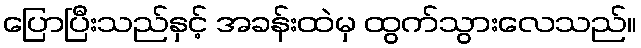
ပြောပြီးသည်နှင့် အခန်းထဲမှ ထွက်သွားလေသည်။